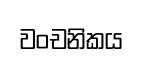
වංචනිකය